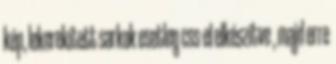
kép, lekerekített sarkok esetleg css-el elkészítve , majd erre